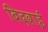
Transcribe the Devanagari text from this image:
बिदवाई